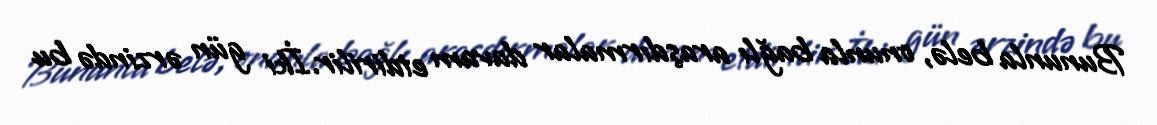
Bununla belə, onunla bağlı araşdırmalar davam etdirilir.İki gün ərzində bu